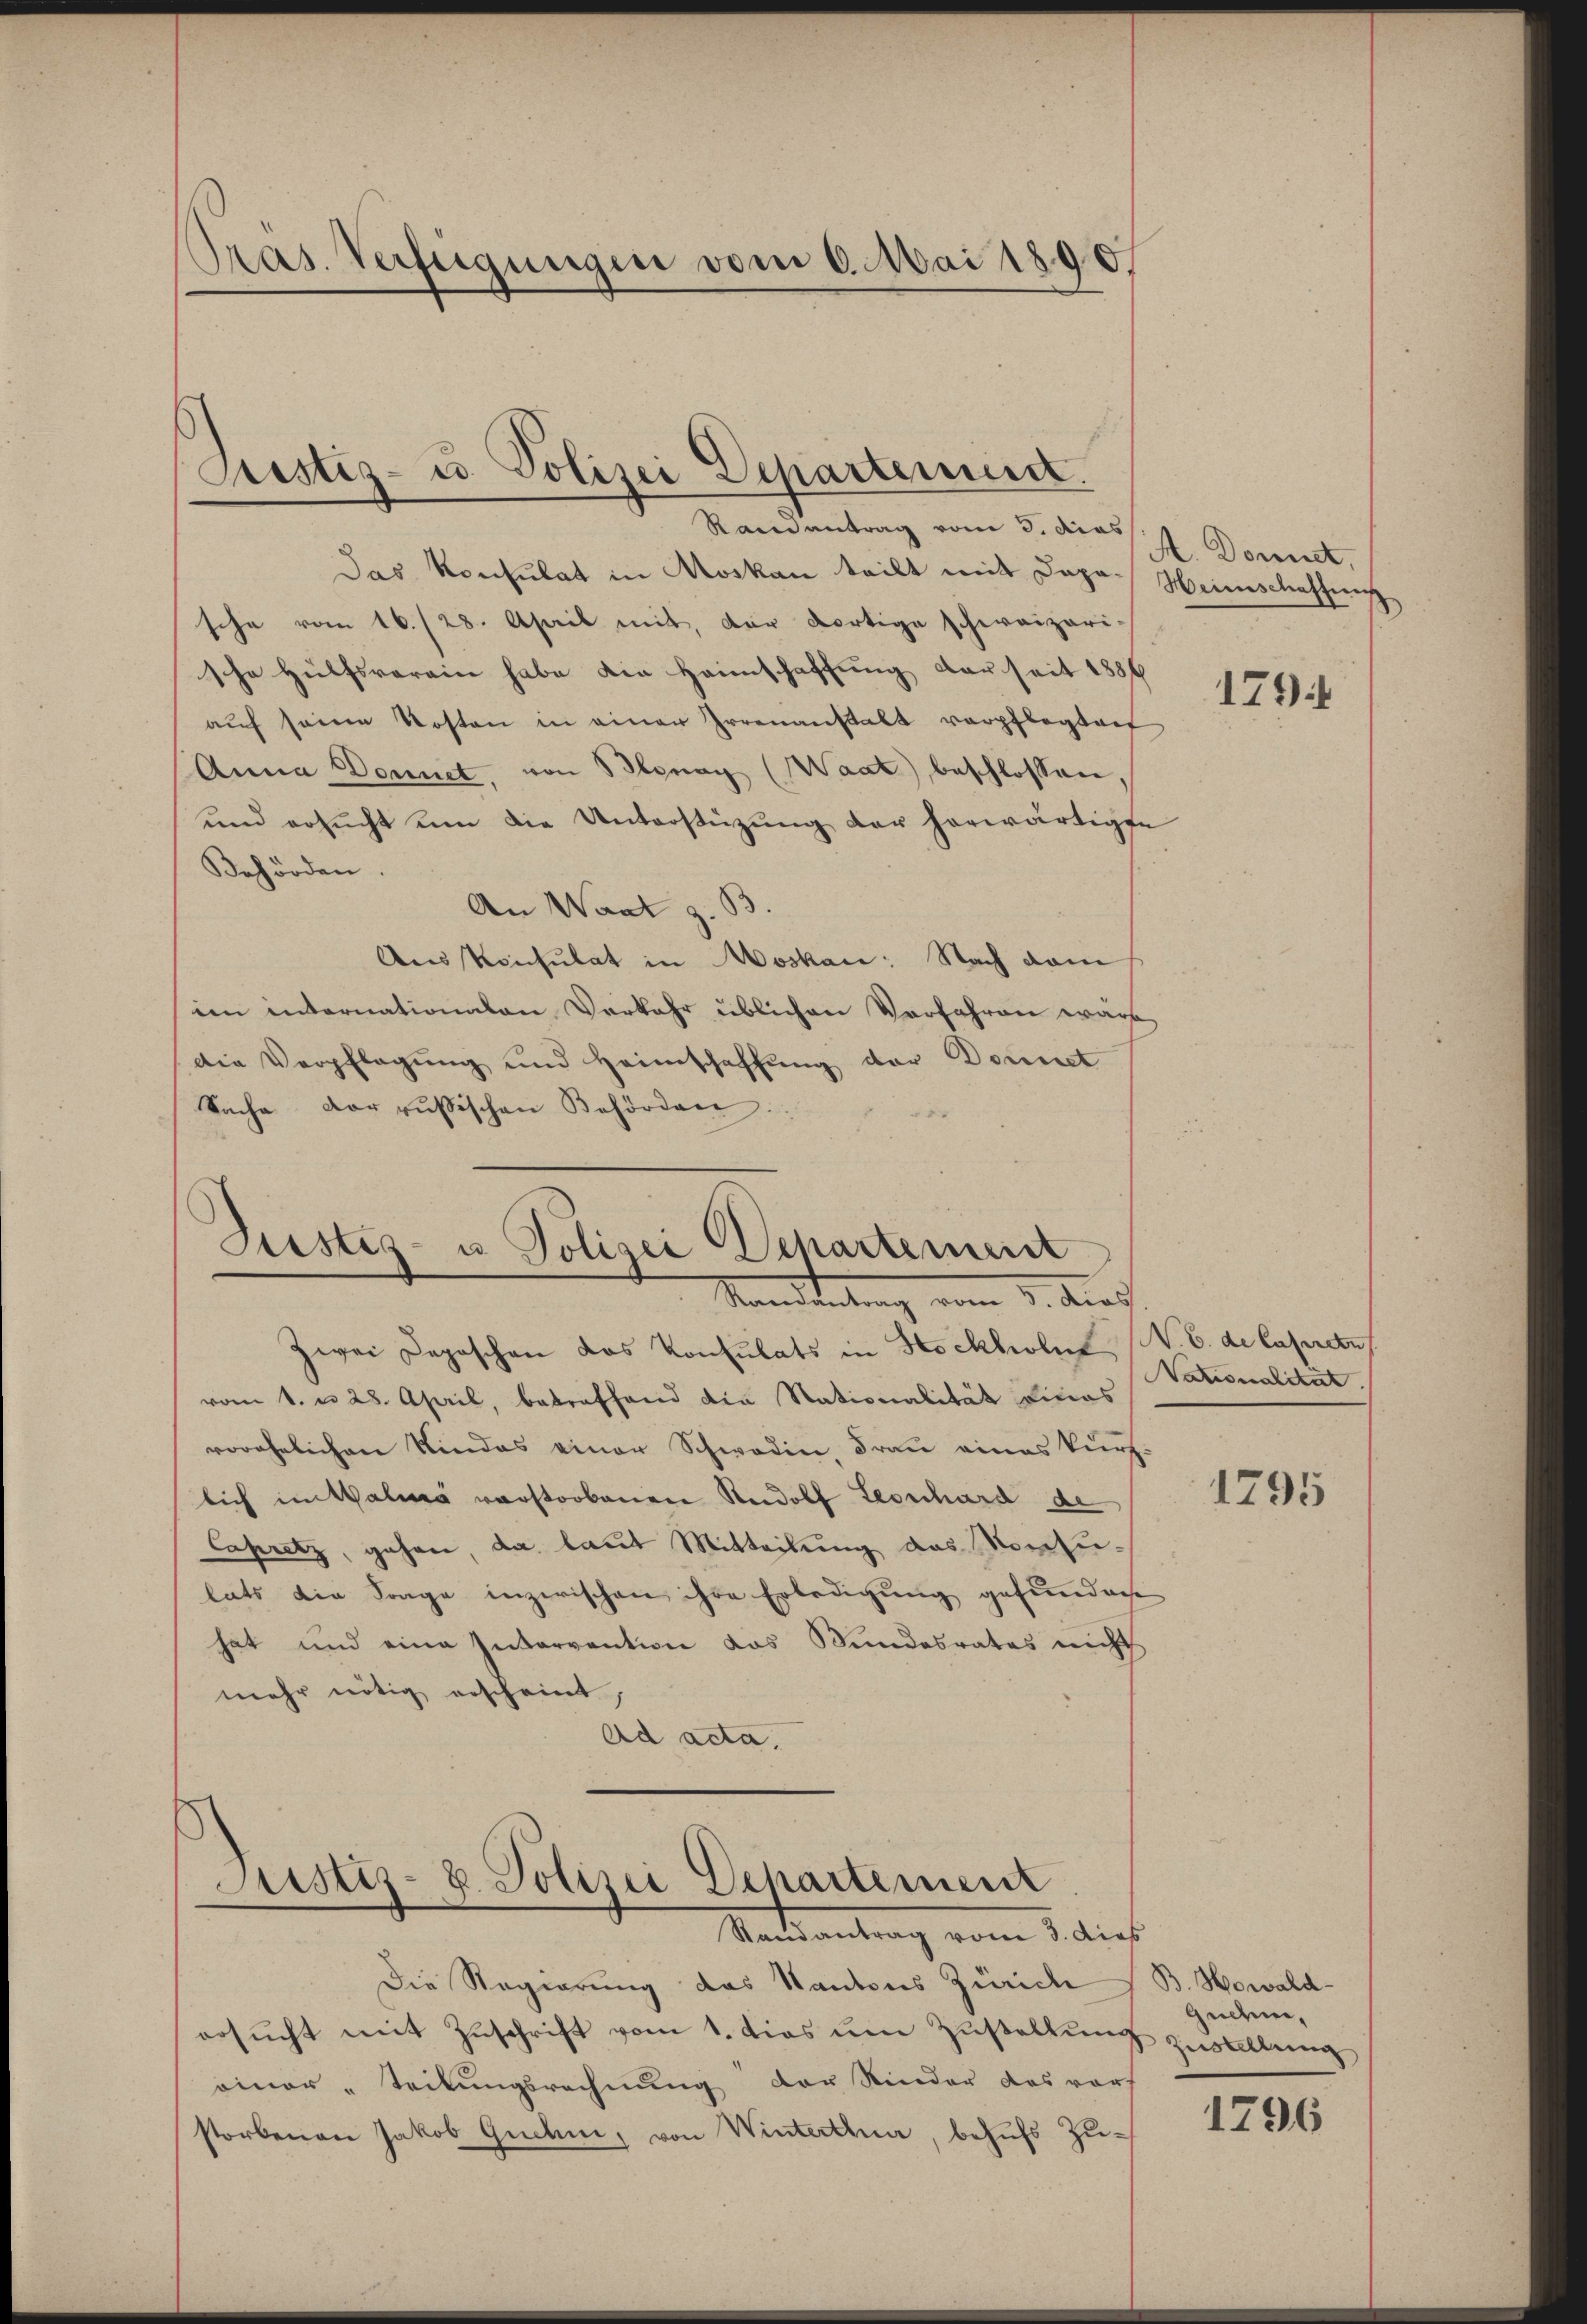
Präs. Verfügungen vom 6. Mai 1896

Prustiz- u. Polizei Departement.
Raneantrag vom 3. dies

Das Konsulat in Moskau teilt mit Japa Heimschaffung
sche vom 16./28. April mit, der dortige schweizeri-
sche Hülfsverein habe die Heimschaffung derseit 1886
aŭf seine Kosten in einer Irrenanstalt verpflegtauf
Anna Donnet, von Blonay (Waat) beschlossen,
und ersucht um die Unterstüzung der herwärtigte
Behörden.
An Want z. B
Auskonsulat in Moskan: Nach dam
im internationalen Verkehr üblichen Verfahren wart
Die Verpflegung und Heimschaffung der Donnet
Sache der russischen Behörden.

Justiz- u. Polizei Departement
Mandantung vom 3. Auch

Zwei Deposchen das Konsulats in Stockholm, V. B. de Caperetu
vom 1. u 28. April, betreffend die Nationalität Linas
vorehelichen Kindes einer Schwadin, Frau eines kurz.
lich in Walia verstorbenen Rudolf Leonhard de
Capritz, gehen, da laut Mitteilung das Vorzulats die Frage inzwischen ihre Erledigung gefunden
hat und eine Intervention das Bundesrates nicht
mehr nötig erscheint,
Ad acta.

Justiz- u. Polizei Departement
Randantrag vom 3. dies

Die Regierung das Kantons Zürich / B. Howaldersucht mit Zuschrift vom 1. dies um Zustellung
einer „Teilungsrechnung der Kinder das vorh
storbenen Jakob Gudem, von Winterthur, behufs Zu¬

A. Donnet,
179

Nationalität.

1795

Gudem,
fstellung

1796